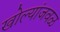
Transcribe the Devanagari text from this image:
खोल्यांजवळ